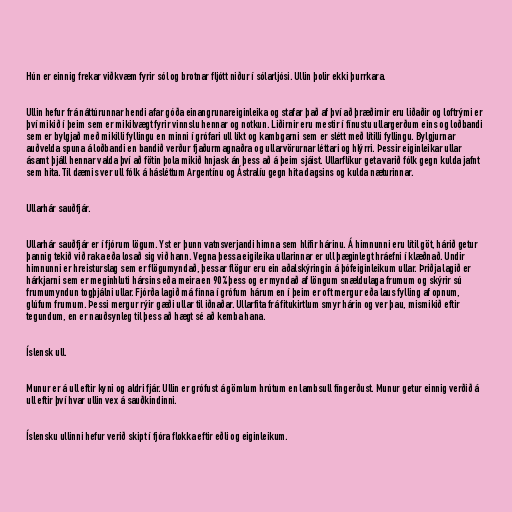
Hún er einnig frekar viðkvæm fyrir sól og brotnar fljótt niður í sólarljósi. Ullin þolir ekki þurrkara.

Ullin hefur frá náttúrunnar hendi afar góða einangrunareiginleika og stafar það af því að þræðirnir eru liðaðir og loftrými er
því mikið í þeim sem er mikilvægt fyrir vinnslu hennar og notkun. Liðirnir eru mestir í fínustu ullargerðum eins og loðbandi
sem er bylgjað með mikilli fyllingu en minni í grófari ull líkt og kambgarni sem er slétt með lítilli fyllingu. Bylgjurnar
auðvelda spuna á loðbandi en bandið verður fjaðurmagnaðra og ullarvörurnar léttari og hlýrri. Þessir eiginleikar ullar
ásamt þjáll hennar valda því að fötin þola mikið hnjask án þess að á þeim sjáist. Ullarflíkur geta varið fólk gegn kulda jafnt
sem hita. Til dæmis ver ull fólk á hásléttum Argentínu og Ástralíu gegn hita dagsins og kulda næturinnar.

Ullarhár sauðfjár.

Ullarhár sauðfjár er í fjórum lögum. Yst er þunn vatnsverjandi himna sem hlífir hárinu. Á himnunni eru lítil göt, hárið getur
þannig tekið við raka eða losað sig við hann. Vegna þessa eigileika ullarinnar er ull þæginlegt hráefni í klæðnað. Undir
himnunni er hreisturslag sem er flögumyndað, þessar flögur eru ein aðalskýringin á þófeiginleikum ullar. Þriðja lagið er
hárkjarni sem er meginhluti hársins eða meira en 90% þess og er myndað af löngum snældulaga frumum og skýrir sú
frumumyndun togþjálni ullar. Fjórða lagið má finna í grófum hárum en í þeim er oft mergur eða laus fylling af opnum,
glúfum frumum. Þessi mergur rýir gæði ullar til iðnaðar. Ullarfita frá fitukirtlum smyr hárin og ver þau, mismikið eftir
tegundum, en er nauðsynleg til þess að hægt sé að kemba hana.

Íslensk ull.

Munur er á ull eftir kyni og aldri fjár. Ullin er grófust á gömlum hrútum en lambsull fíngerðust. Munur getur einnig verðið á
ull eftir því hvar ullin vex á sauðkindinni.

Íslensku ullinni hefur verið skipt í fjóra flokka eftir eðli og eiginleikum.